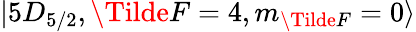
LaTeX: \lvert 5D_{5/2},\Tilde{F}=4,m_{\Tilde{F}}=0\rangle